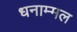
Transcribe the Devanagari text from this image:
धनाम्मल